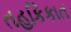
તહકિકાત